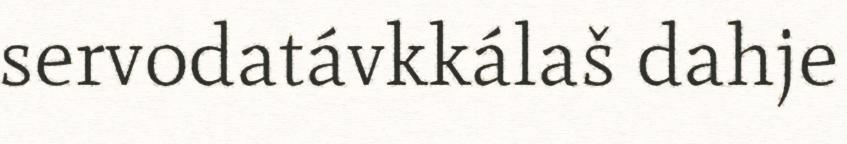
servodatávkkálaš dahje